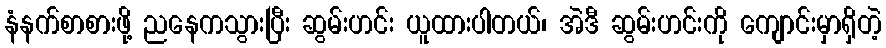
နံနက်စာစားဖို့ ညနေကသွားပြီး ဆွမ်းဟင်း ယူထားပါတယ်၊ အဲဒီ ဆွမ်းဟင်းကို ကျောင်းမှာရှိတဲ့